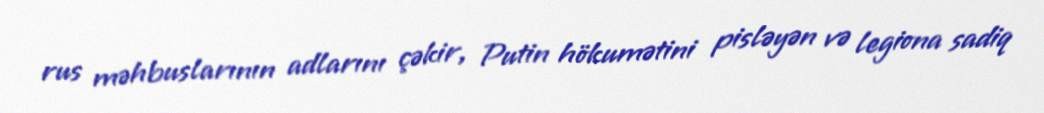
rus məhbuslarının adlarını çəkir, Putin hökumətini pisləyən və legiona sadiq